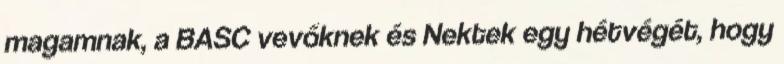
magamnak, a BASC vevőknek és Nektek egy hétvégét, hogy